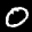
Label: 0